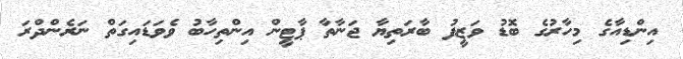
އިންޑިއާގެ މިހާރުގެ ބޮޑު ވަޒީފު ބާރަތިޔާ ޖަނާތާ ޕާޓީން އިންތިހާބު ވެވަޑައިގަތް ނަރެންދްރަ